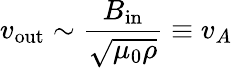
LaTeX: v_{\mathrm{out}}\sim{\frac{B_{\mathrm{in}}}{\sqrt{\mu_{0}\rho}}}\equiv v_{A}